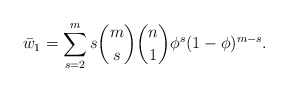
\begin{align*}\bar{w}_1 = \sum_{s = 2}^{m} s \binom{m}{s} \binom{n}{1} \phi^{s} (1 - \phi)^{m-s}.\end{align*}